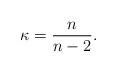
LaTeX: \begin{align*}\kappa =\frac{n}{n-2}. \end{align*}